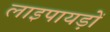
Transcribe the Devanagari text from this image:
लाइपायड़ों